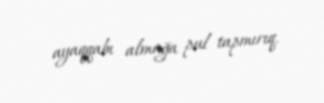
ayaqqabı almağa pul tapmırıq.